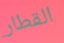
القطار